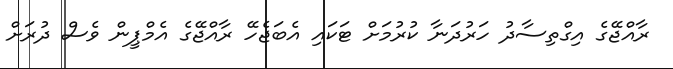
ރާއްޖޭގެ އިގްތިސާދު ހަރުދަނާ ކުރުމަށް ޓަކައި އެބަޖެހޭ ރާއްޖޭގެ އެމްޕީން ވެސް ދުރަށް